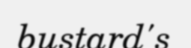
bustard's